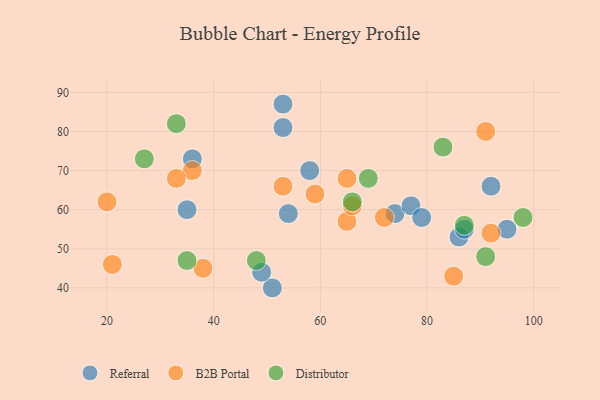
{"axis": {"x": "GDP", "y": "Life Expectancy"}, "legend": ["B2B Portal", "Distributor", "Referral"], "data": [{"x": "53", "y": 81, "type": "Referral"}, {"x": "95", "y": 55, "type": "Referral"}, {"x": "74", "y": 59, "type": "Referral"}, {"x": "36", "y": 73, "type": "Referral"}, {"x": "53", "y": 87, "type": "Referral"}, {"x": "51", "y": 40, "type": "Referral"}, {"x": "58", "y": 70, "type": "Referral"}, {"x": "49", "y": 44, "type": "Referral"}, {"x": "54", "y": 59, "type": "Referral"}, {"x": "77", "y": 61, "type": "Referral"}, {"x": "35", "y": 60, "type": "Referral"}, {"x": "92", "y": 66, "type": "Referral"}, {"x": "79", "y": 58, "type": "Referral"}, {"x": "86", "y": 53, "type": "Referral"}, {"x": "87", "y": 55, "type": "Referral"}, {"x": "72", "y": 58, "type": "B2B Portal"}, {"x": "59", "y": 64, "type": "B2B Portal"}, {"x": "65", "y": 57, "type": "B2B Portal"}, {"x": "53", "y": 66, "type": "B2B Portal"}, {"x": "36", "y": 70, "type": "B2B Portal"}, {"x": "91", "y": 80, "type": "B2B Portal"}, {"x": "65", "y": 68, "type": "B2B Portal"}, {"x": "20", "y": 62, "type": "B2B Portal"}, {"x": "33", "y": 68, "type": "B2B Portal"}, {"x": "66", "y": 61, "type": "B2B Portal"}, {"x": "85", "y": 43, "type": "B2B Portal"}, {"x": "38", "y": 45, "type": "B2B Portal"}, {"x": "92", "y": 54, "type": "B2B Portal"}, {"x": "21", "y": 46, "type": "B2B Portal"}, {"x": "27", "y": 73, "type": "Distributor"}, {"x": "35", "y": 47, "type": "Distributor"}, {"x": "91", "y": 48, "type": "Distributor"}, {"x": "87", "y": 56, "type": "Distributor"}, {"x": "98", "y": 58, "type": "Distributor"}, {"x": "83", "y": 76, "type": "Distributor"}, {"x": "69", "y": 68, "type": "Distributor"}, {"x": "48", "y": 47, "type": "Distributor"}, {"x": "66", "y": 62, "type": "Distributor"}, {"x": "33", "y": 82, "type": "Distributor"}]}